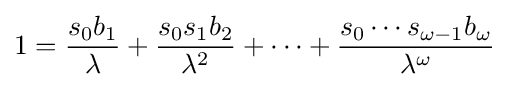
1={\frac {s_{0}b_{1}}{\lambda }}+{\frac {s_{0}s_{1}b_{2}}{\lambda ^{2}}}+\cdots +{\frac {s_{0}\cdots s_{\omega -1}b_{\omega }}{\lambda ^{\omega }}}